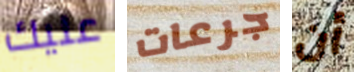
عليك جرعات أن